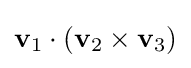
\mathbf {v} _{1}\cdot \left(\mathbf {v} _{2}\times \mathbf {v} _{3}\right)